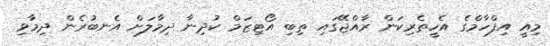
މިއީ އިފްހާމްގެ އެހީތެރިކަން ރާއްޖޭގައި ތިބި އޯޓިޒަމް ކުދިނާ ދިމާލަށް އެނބުރެން ދިމާވި